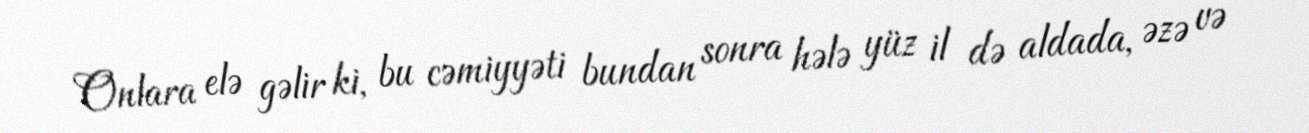
Onlara elə gəlir ki, bu cəmiyyəti bundan sonra hələ yüz il də aldada, əzə və